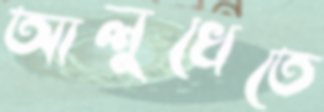
আলুখেতে